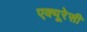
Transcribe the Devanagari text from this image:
एक्यूरेसी